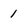
Character: 1